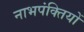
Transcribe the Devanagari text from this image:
नाभपंक्तियों